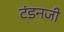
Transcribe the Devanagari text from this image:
टंडनजी